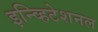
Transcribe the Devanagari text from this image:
इन्व्हिटेशनल